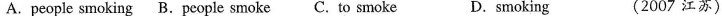
A.people smoking B.People smoke C. To smoke D. smoking (2007 江苏)